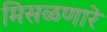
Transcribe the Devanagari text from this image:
मिसळणारे